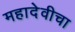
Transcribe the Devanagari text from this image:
महादेवीचा